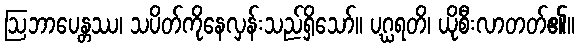
ဩဘာပေန္တဿ၊ သပိတ်ကိုနေလှန်းသည်ရှိသော်။ ပဂ္ဃရတိ၊ ယိုစီးလာတတ်၏။